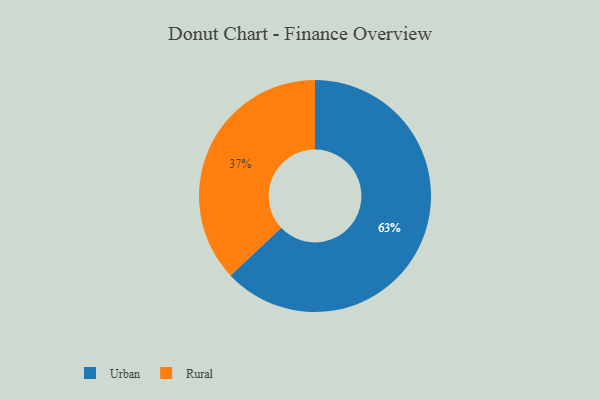
{"axis": {"x": "Category", "y": "Percentage"}, "legend": ["Rural", "Urban"], "data": [{"x": "Rural", "y": 37, "type": "Rural"}, {"x": "Urban", "y": 63, "type": "Urban"}]}